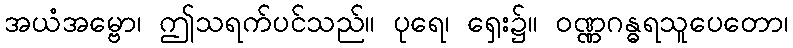
အယံအမ္ဗော၊ ဤသရက်ပင်သည်။ ပုရေ၊ ရှေး၌။ ဝဏ္ဏဂန္ဓရသူပေတော၊